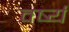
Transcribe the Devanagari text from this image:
वर्ष्य